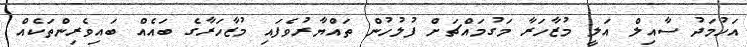
އަހުމަދު ސާއިލް އަލީ މުޒާހަރާ މަގުމައްޗަށް ފުލުހުން ތައްޔާރުވެފައި މުޒާހަރާގެ ބައެއް ބައިވެރިންތަކެއް